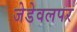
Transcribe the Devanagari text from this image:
जेडेवलपर